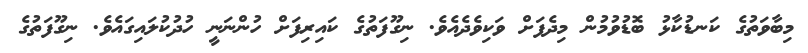
މިބާވަތުގެ ކަނޑުކާޅު ބޮޑުވުމުން މިދެފަށް ވަކިވެދެއެވެ. ނިގޫފަތުގެ ކައިރިފަށް ހުންނަނީ ހުދުކުލައިގައެވެ. ނިގޫފަތުގެ